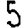
Digit: 5